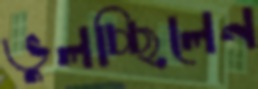
ভুলচ্ছিলেন